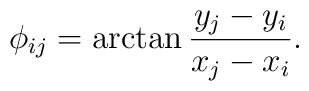
\phi_{ij} = \arctan\frac{y_{j} - y_{i}}{x_{j} - x_{i}}.